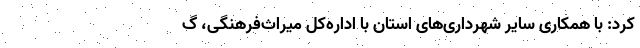
کرد: با همکاری سایر شهرداری‌های استان با اداره‌کل میراث‌فرهنگی، گ